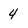
Character: 4